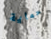
حماية